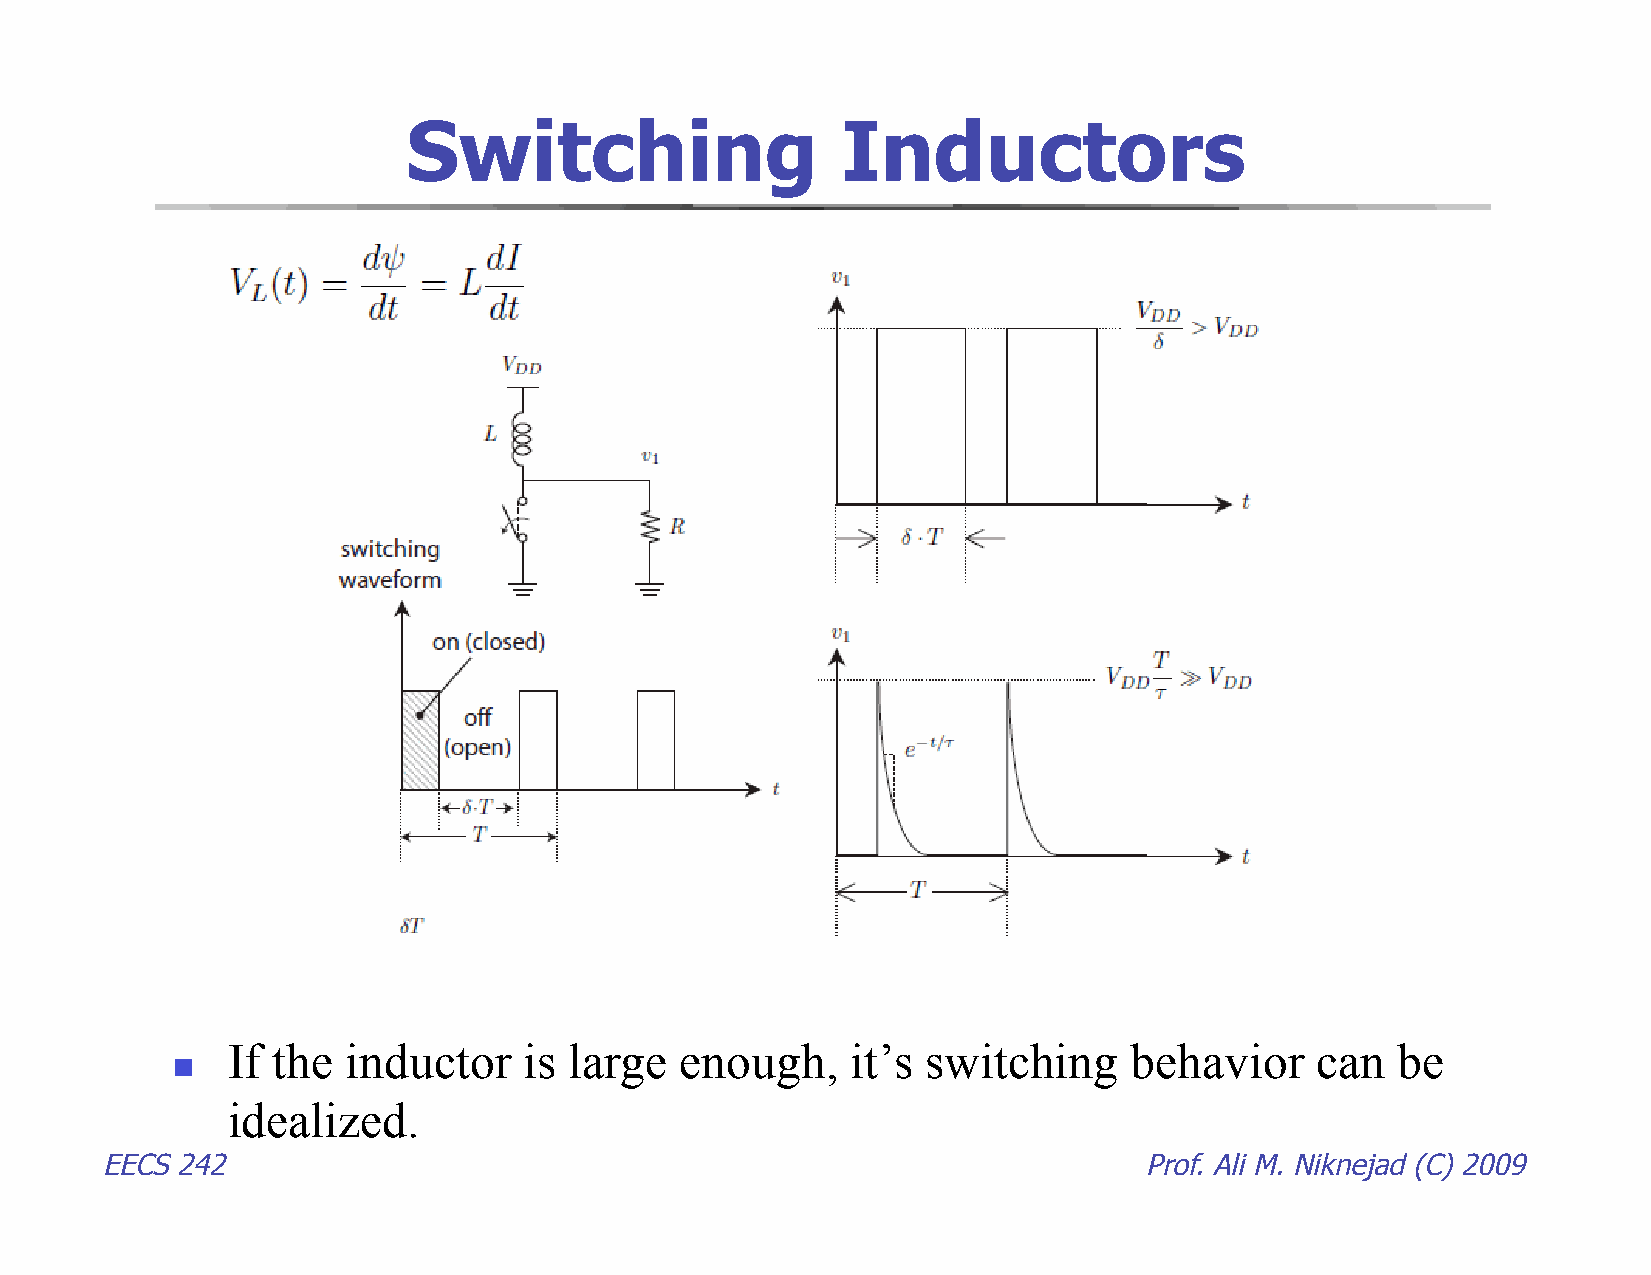
Switching                    Inductors
 If the  inductor    is large  enough,    it’s switching     behavior    can  be
 
 idealized.
 EECS 242                                                             Prof. Ali M. Niknejad (C) 2009